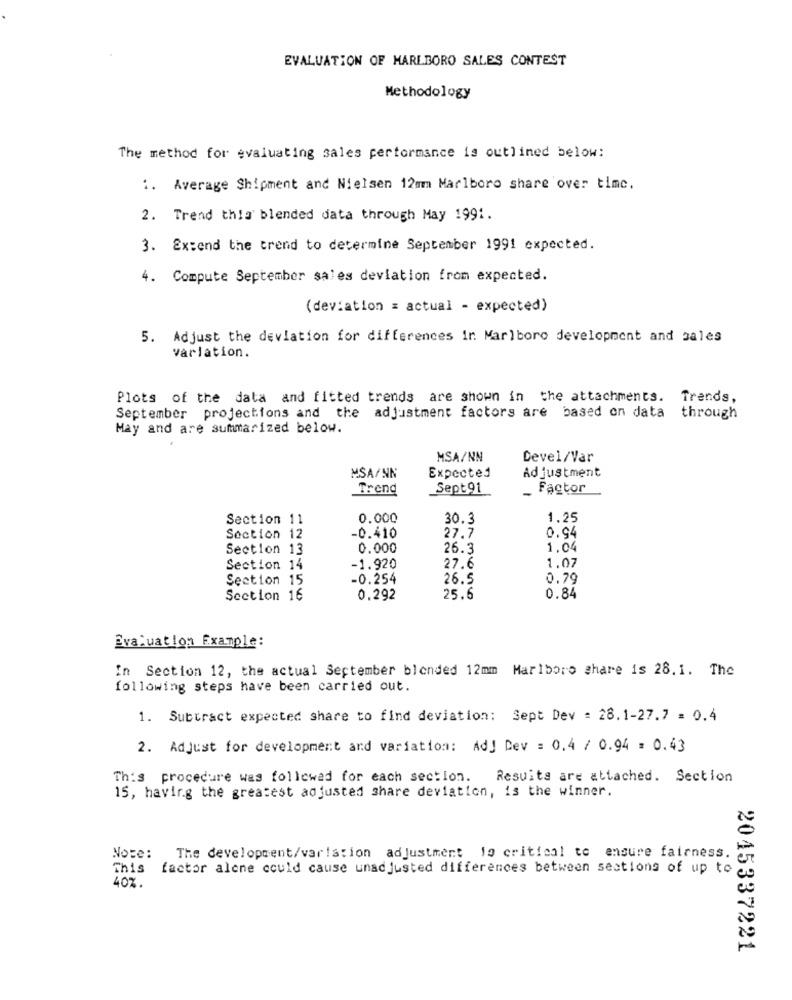
EVALUATION OF MARLBORO SALES CONTEST
Methodology
The method for evaluating sales performance is outlined below:
1. Average Shipment and Nielsen 12mm Marlboro share over timc.
2. Trend this blended data through May 1991.
3. Extend the trend to determine September 1991 expected.
4. Compute September sales deviation from expected.
(deviation = actual - expected)
5. Adjust the deviation for differences in Marlboro development and sales
varlation.
Plots of the data and fitted trends are shown in the attachments. Trends,
September projections and the adjustment factors are based on data through
May and are summarized below.
MSA/NN
Devel/Var
Adjustment
MSA/NN
Expected
Trend
Sept 91
Factor
Section 11
0.000
30.3
1,25
Section 12
-0.410
27.7
0.94
Section 13
0.000
26.3
1.04
1.07
Section 14
-1.920
27.6
Section 15
-0.254
26.5
0.79
Section 16
0.292
25.6
0.84
Evaluation Example:
In Section 12, the actual September blended 12mm Marlboro share is 28.1. The
following steps have been carried out.
1. Subtract expected share to find deviation: Sept Dev = 28.1-27.7 = 0.4
2. Adjust for development and variation: AdJ Dev = 0.4 / 0.94 = 0.43
This procedure was followed for each section.
Resuits are attached. Section
15, having the greatest adjusted share deviation, is the winner.
Note: The development/varlation adjustment lo critical to ensure fairness.
This
factor alene could cause unadjusted differences between sections of up to
40%.
2015337221